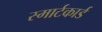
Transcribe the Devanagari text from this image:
स्मार्टकार्ड